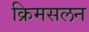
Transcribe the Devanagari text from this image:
क्रिमसलन